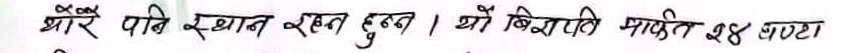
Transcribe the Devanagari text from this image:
ओरै पानी स्थान रहन हुन्न । यो बिरामी मार्फत २४ घण्टा